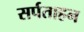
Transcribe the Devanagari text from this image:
सर्पताहन